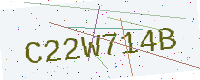
Text: C22W714B